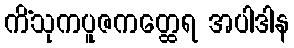
ကိံသုကပူဇကတ္ထေရ အပါဒါန